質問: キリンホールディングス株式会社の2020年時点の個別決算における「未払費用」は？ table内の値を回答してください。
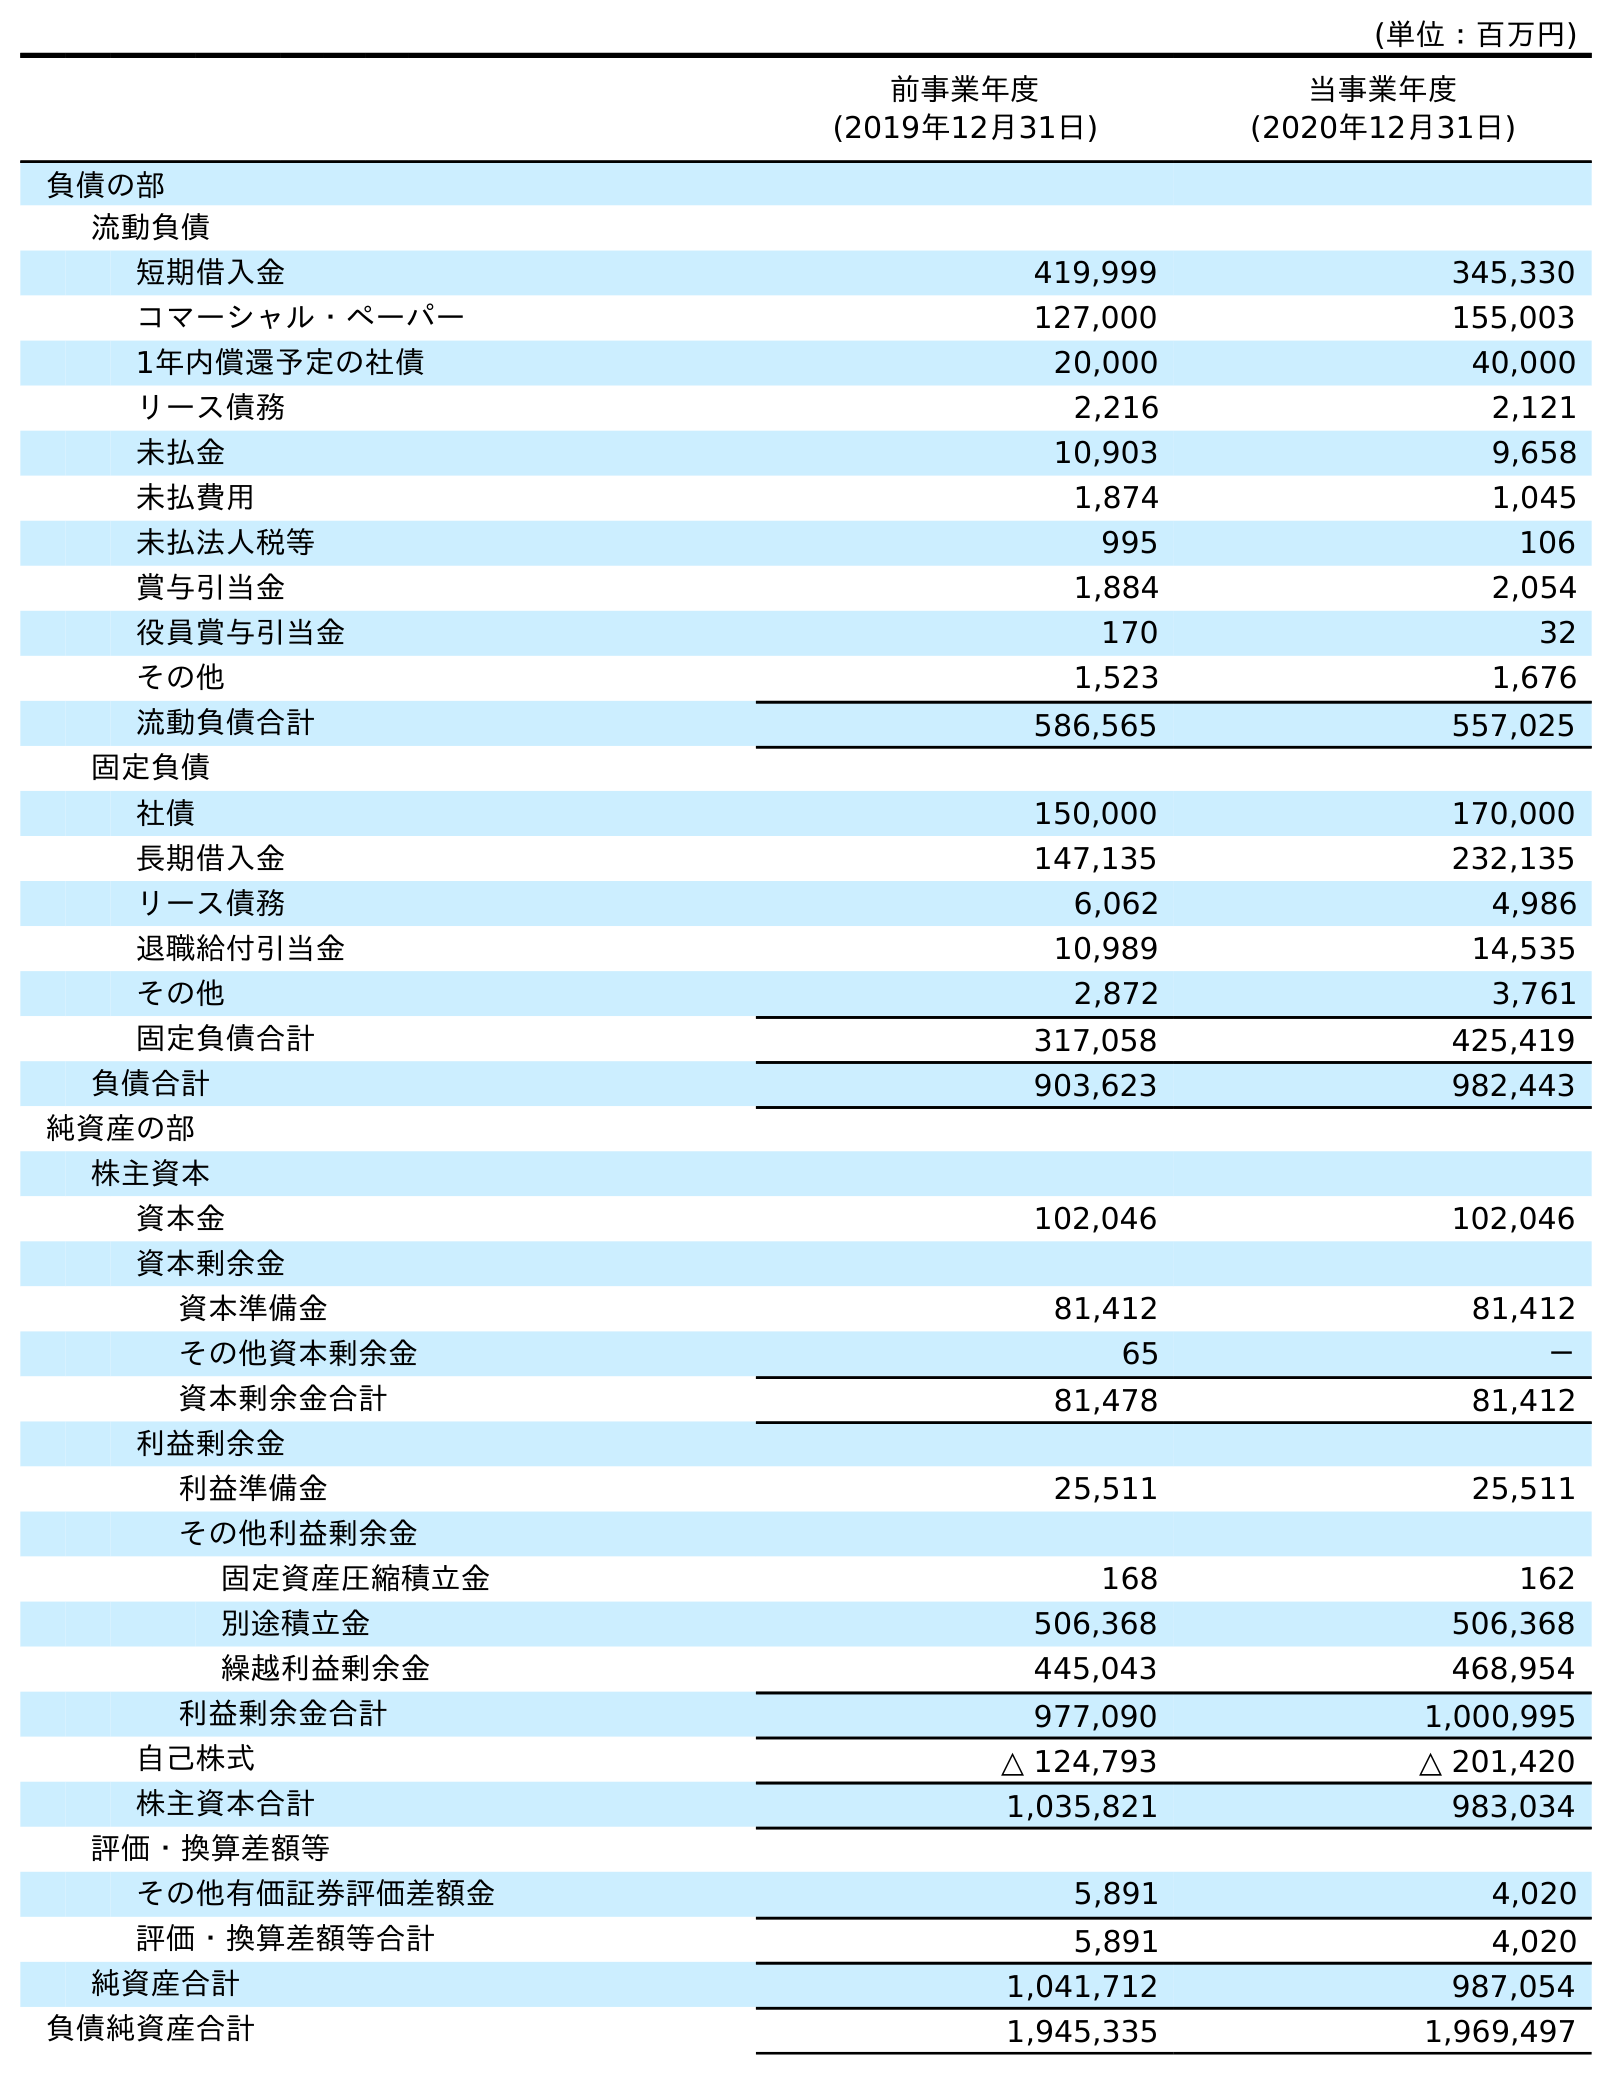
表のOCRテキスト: (単位：百万円) 前事業年度 (2019年12月31日) 当事業年度 (2020年12月31日) 負債の部 流動負債 短期借入金 419,999 345,330 コマーシャル・ペーパー 127,000 155,003 1年内償還予定の社債 20,000 40,000 リース債務 2,216 2,121 未払金 10,903 9,658 未払費用 1,874 1,045 未払法人税等 995 106 賞与引当金 1,884 2,054 役員賞与引当金 170 32 その他 1,523 1,676 流動負債合計 586,565 557,025 固定負債 社債 150,000 170,000 長期借入金 147,135 232,135 リース債務 6,062 4,986 退職給付引当金 10,989 14,535 その他 2,872 3,761 固定負債合計 317,058 425,419 負債合計 903,623 982,443 純資産の部 株主資本 資本金 102,046 102,046 資本剰余金 資本準備金 81,412 81,412 その他資本剰余金 65 － 資本剰余金合計 81,478 81,412 利益剰余金 利益準備金 25,511 25,511 その他利益剰余金 固定資産圧縮積立金 168 162 別途積立金 506,368 506,368 繰越利益剰余金 445,043 468,954 利益剰余金合計 977,090 1,000,995 自己株式 △ 124,793 △ 201,420 株主資本合計 1,035,821 983,034 評価・換算差額等 その他有価証券評価差額金 5,891 4,020 評価・換算差額等合計 5,891 4,020 純資産合計 1,041,712 987,054 負債純資産合計 1,945,335 1,969,497
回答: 1,045